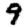
Digit: 9